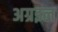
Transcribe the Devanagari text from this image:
अग्रइल